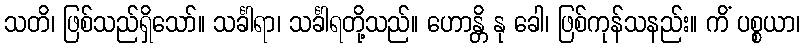
သတိ၊ ဖြစ်သည်ရှိသော်။ သင်္ခါရာ၊ သင်္ခါရတို့သည်။ ဟောန္တိ နု ခေါ၊ ဖြစ်ကုန်သနည်း။ ကိံ ပစ္စယာ၊